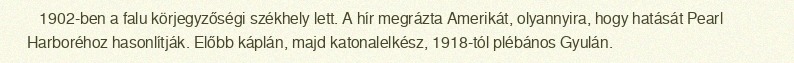
1902-ben a falu körjegyzőségi székhely lett. A hír megrázta Amerikát, olyannyira, hogy hatását Pearl Harboréhoz hasonlítják. Előbb káplán, majd katonalelkész, 1918-tól plébános Gyulán.